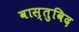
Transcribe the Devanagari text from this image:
वास्‍तुविद